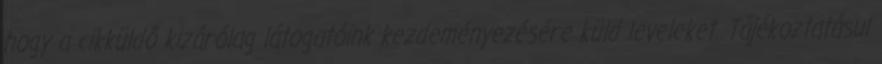
hogy a cikküldő kizárólag látogatóink kezdeményezésére küld leveleket. Tájékoztatásul